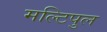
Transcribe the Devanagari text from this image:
मल्टिपुल